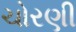
ચોરણી